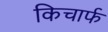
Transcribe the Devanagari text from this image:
किचार्फ